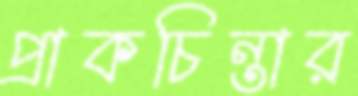
প্রাকচিন্তার